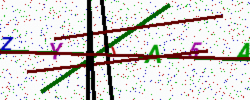
Text: ZY0A5A